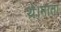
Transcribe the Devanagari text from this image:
थे।माता